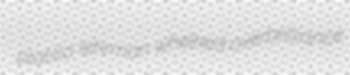
platilla lehrman whelked overbrilliance